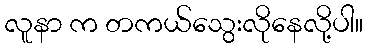
လူနာ က တကယ်သွေးလိုနေလို့ပါ။